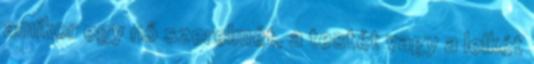
amikor egy nő szerelmét, a testét vagy a lelkét